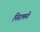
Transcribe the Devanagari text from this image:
निरामये